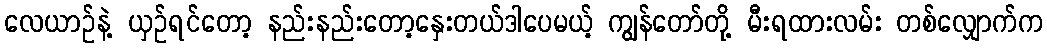
လေယာဉ်နဲ့ ယှဉ်ရင်တော့ နည်းနည်းတော့နှေးတယ်ဒါပေမယ့် ကျွန်တော်တို့ မီးရထားလမ်း တစ်လျှောက်က